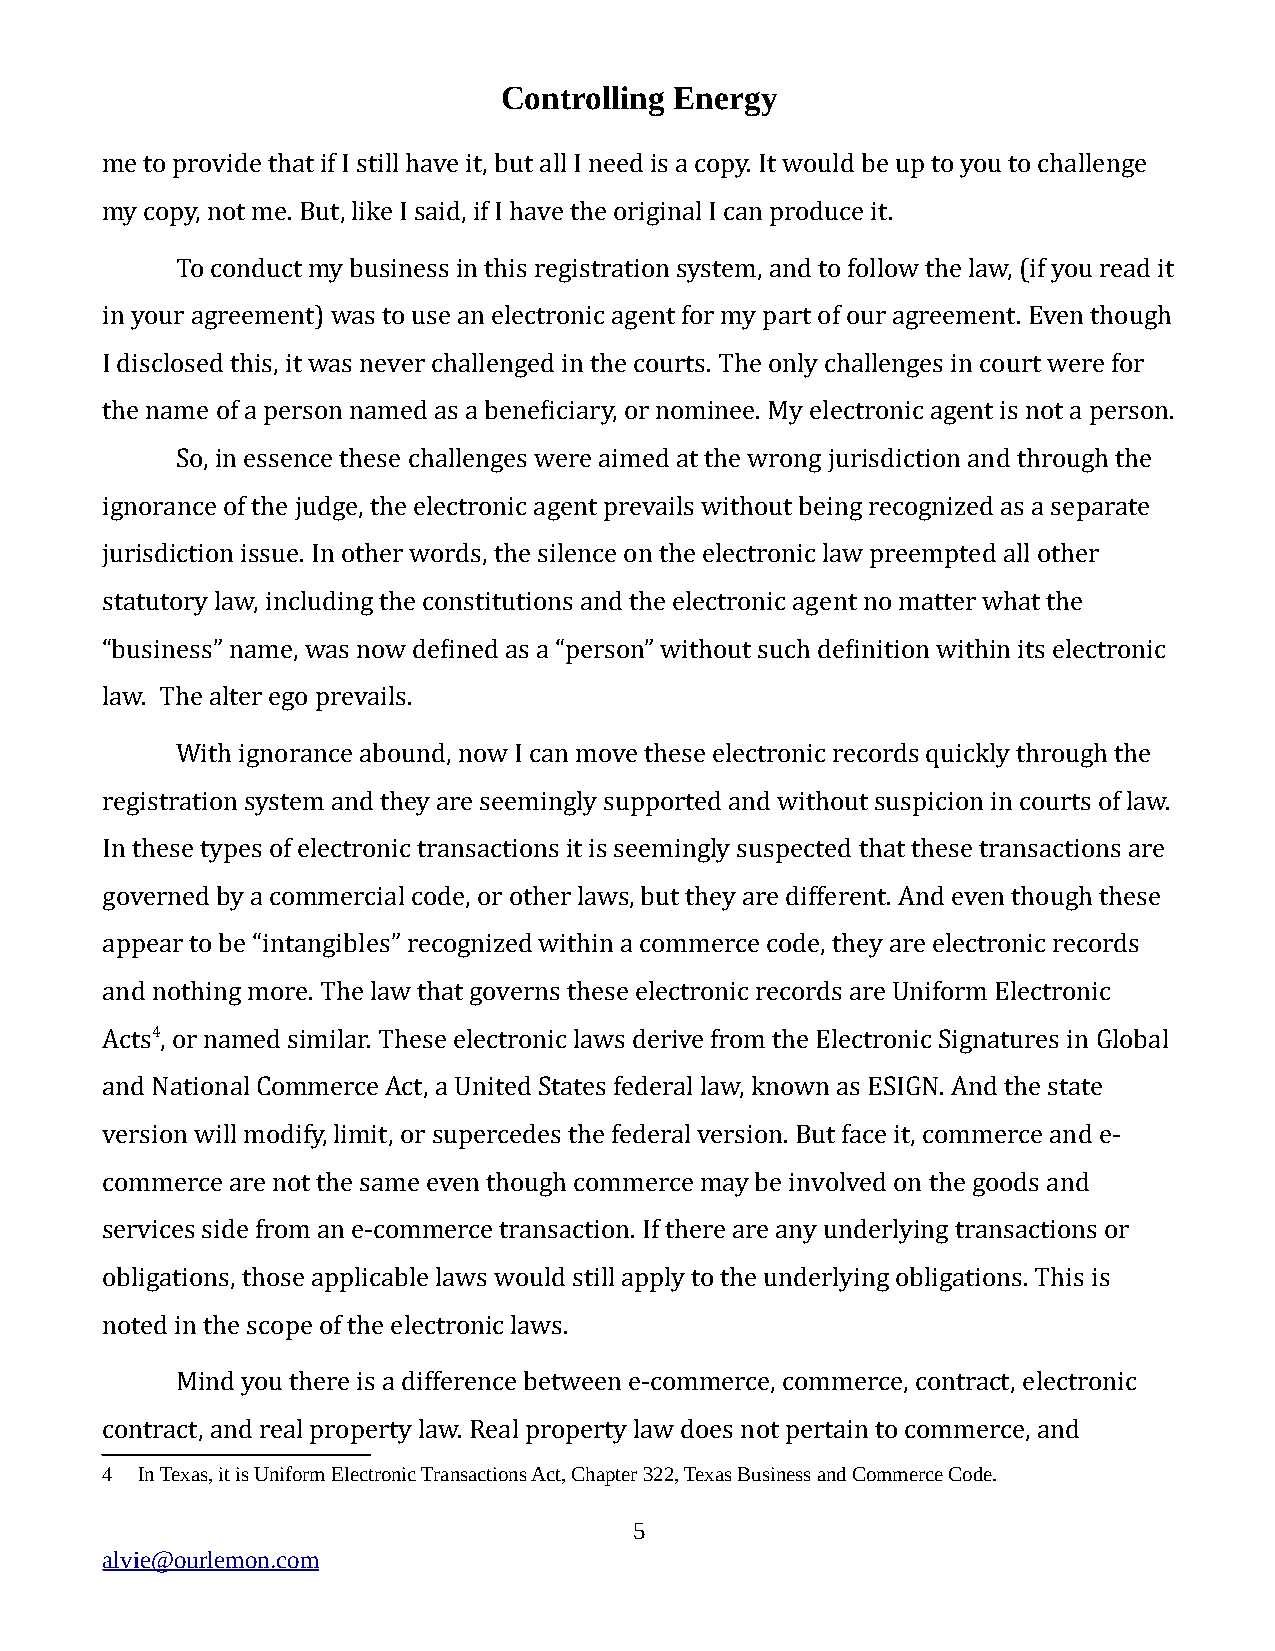
Controlling Energy
 me to provide that if I still have it, but all I need is a copy. It would be up to you to challenge
 my copy, not me. But, like I said, if I have the original I can produce it.
 To conduct my business in this registration system, and to follow the law, (if you read it
 in your agreement) was to use an electronic agent for my part of our agreement. Even though
 I disclosed this, it was never challenged in the courts. The only challenges in court were for
 the name of a person named as a beneficiary, or nominee. My electronic agent is not a person.
 So, in essence these challenges were aimed at the wrong jurisdiction and through the
 ignorance of the judge, the electronic agent prevails without being recognized as a separate
 jurisdiction issue. In other words, the silence on the electronic law preempted all other
 statutory law, including the constitutions and the electronic agent no matter what the
 “business” name, was now defined as a “person” without such definition within its electronic
 law. The alter ego prevails.
 With ignorance abound, now I can move these electronic records quickly through the
 registration system and they are seemingly supported and without suspicion in courts of law.
 In these types of electronic transactions it is seemingly suspected that these transactions are
 governed by a commercial code, or other laws, but they are different. And even though these
 appear to be “intangibles” recognized within a commerce code, they are electronic records
 and nothing more. The law that governs these electronic records are Uniform Electronic
 Acts4, or named similar. These electronic laws derive from the Electronic Signatures in Global
 and National Commerce Act, a United States federal law, known as ESIGN. And the state
 version will modify, limit, or supercedes the federal version. But face it, commerce and e-
 commerce are not the same even though commerce may be involved on the goods and
 services side from an e-commerce transaction. If there are any underlying transactions or
 obligations, those applicable laws would still apply to the underlying obligations. This is
 noted in the scope of the electronic laws.
 Mind you there is a difference between e-commerce, commerce, contract, electronic
 contract, and real property law. Real property law does not pertain to commerce, and
 4 In Texas, it is Uniform Electronic Transactions Act, Chapter 322, Texas Business and Commerce Code.
 5
 alvie@ourlemon.com